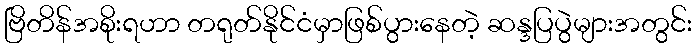
ဗြိတိန်အစိုးရဟာ တရုတ်နိုင်ငံမှာဖြစ်ပွားနေတဲ့ ဆန္ဒပြပွဲများအတွင်း